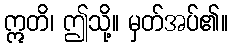
ဣတိ၊ ဤသို့။ မှတ်အပ်၏။